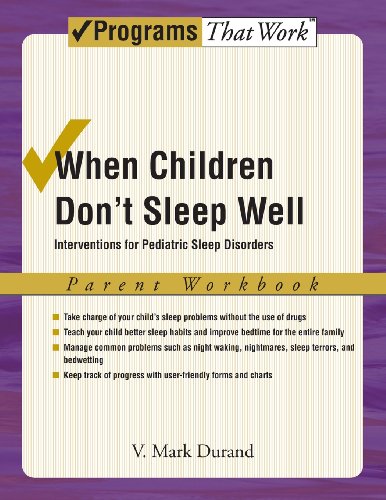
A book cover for When Children Don't Sleep Well: Interventions for Pediatric Sleep Disorders Parent Workbook (Treatments That Work); V. Mark Durand; Health, Fitness & Dieting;